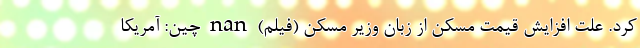
کرد. علت افزایش قیمت مسکن از زبان وزیر مسکن (فیلم) nan چین: آمریکا